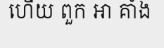
ហើយ ពួក អា គាំង